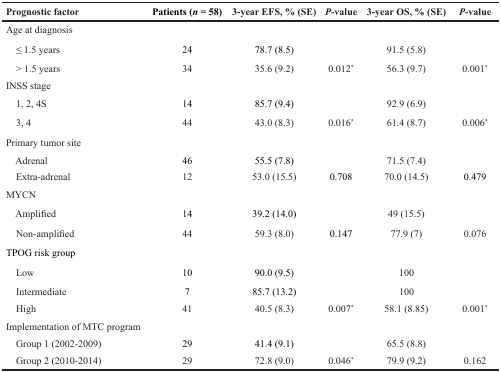
<table><thead><tr><td><b>Prognostic factor</b></td><td><b>Patients (<i>n</i> = 58)</b></td><td><b>3-year EFS, % (SE)</b></td><td><b><i>P</i>-value</b></td><td><b>3-year OS, % (SE)</b></td><td><b><i>P</i>-value</b></td></tr></thead><tbody><tr><td>Age at diagnosis</td><td></td><td></td><td></td><td></td><td></td></tr><tr><td> ≤ 1.5 years</td><td>24</td><td>78.7 (8.5)</td><td></td><td>91.5 (5.8)</td><td></td></tr><tr><td> &gt; 1.5 years</td><td>34</td><td>35.6 (9.2)</td><td>0.012*</td><td>56.3 (9.7)</td><td>0.001*</td></tr><tr><td>INSS stage</td><td></td><td></td><td></td><td></td><td></td></tr><tr><td> 1, 2, 4S</td><td>14</td><td>85.7 (9.4)</td><td></td><td>92.9 (6.9)</td><td></td></tr><tr><td> 3, 4</td><td>44</td><td>43.0 (8.3)</td><td>0.016*</td><td>61.4 (8.7)</td><td>0.006*</td></tr><tr><td>Primary tumor site</td><td></td><td></td><td></td><td></td><td></td></tr><tr><td> Adrenal</td><td>46</td><td>55.5 (7.8)</td><td></td><td>71.5 (7.4)</td><td></td></tr><tr><td> Extra-adrenal</td><td>12</td><td>53.0 (15.5)</td><td>0.708</td><td>70.0 (14.5)</td><td>0.479</td></tr><tr><td>MYCN</td><td></td><td></td><td></td><td></td><td></td></tr><tr><td> Amplified</td><td>14</td><td>39.2 (14.0)</td><td></td><td>49 (15.5)</td><td></td></tr><tr><td> Non-amplified</td><td>44</td><td>59.3 (8.0)</td><td>0.147</td><td>77.9 (7)</td><td>0.076</td></tr><tr><td>TPOG risk group</td><td></td><td></td><td></td><td></td><td></td></tr><tr><td> Low</td><td>10</td><td>90.0 (9.5)</td><td></td><td>100</td><td></td></tr><tr><td> Intermediate</td><td>7</td><td>85.7 (13.2)</td><td></td><td>100</td><td></td></tr><tr><td> High</td><td>41</td><td>40.5 (8.3)</td><td>0.007*</td><td>58.1 (8.85)</td><td>0.001*</td></tr><tr><td>Implementation of MTC program</td><td></td><td></td><td></td><td></td><td></td></tr><tr><td> Group 1 (2002-2009)</td><td>29</td><td>41.4 (9.1)</td><td></td><td>65.5 (8.8)</td><td></td></tr><tr><td> Group 2 (2010-2014)</td><td>29</td><td>72.8 (9.0)</td><td>0.046*</td><td>79.9 (9.2)</td><td>0.162</td></tr></tbody></table>